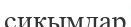
сиқымдар